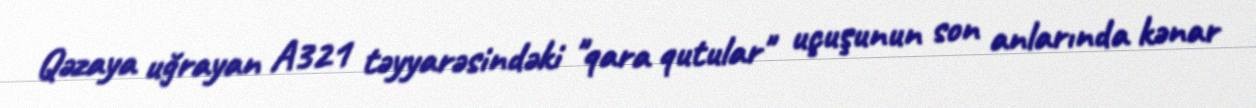
Qəzaya uğrayan A321 təyyarəsindəki "qara qutular" uçuşunun son anlarında kənar